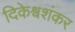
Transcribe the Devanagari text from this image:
दिकेश्वशंकर